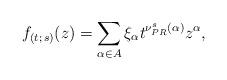
LaTeX: \begin{align*}f_{(t;\, s)}(z) =\sum_{\alpha\in A}\xi_\alpha t^{\nu^s_{PR}(\alpha )} z^{\alpha},\end{align*}